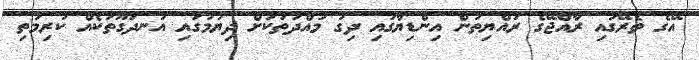
އޭގެ ތެރޭގައި ރާއްޖޭގެ ރައްޔިތުން އިންޑިޔާގައި ދިގު މުއްދަތަކަށް ދިޔުމުގައި އުނދަގޫތަކެއް ކުރިމަތި